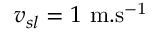
v _ { s l } = 1 ~ \mathrm { m . s ^ { - 1 } }